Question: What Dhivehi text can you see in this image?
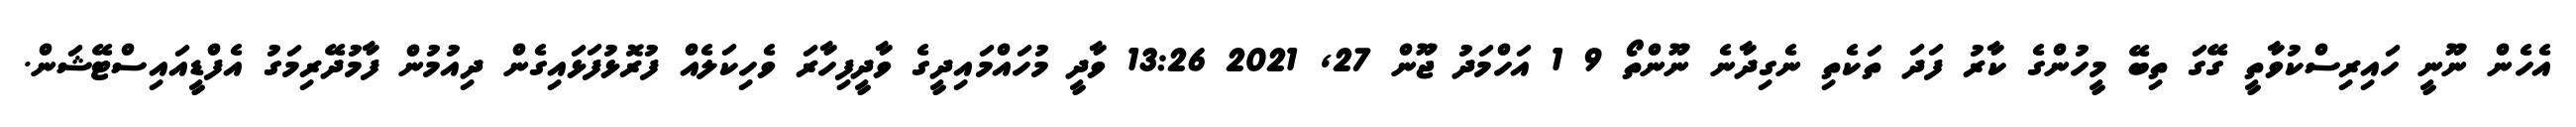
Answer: އެހެން ނޫނީ ހައިރިސްކުވާތީ ގޭގަ ތިބޭ މީހުންގެ ކާރު ފަދަ ތަކެތި ނެގިދާނެ ނޫންތޯ 9 1 އަހްމަދު ޖޫން 27, 2021 13:26 ވާދީ މުހައްމައިދީގެ ވާދީފިހާރަ ވެހިކަލެއް ފުރޮޅުފަޅައިގެން ދިއުމުން ފާމުދޭރިމަގު އެފްޑީއައިސްޓޭޝަން.